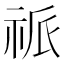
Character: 𥙎